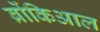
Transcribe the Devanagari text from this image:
ब्रोंकिआल